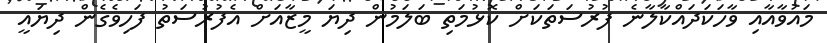
މައުވާއާއި ވާހަކަދައްކާލާނެ ފުރުސަތަކަށް ކޮޅުމަތި ބަލަމުން ދިޔަ މީޒާއަށް އެފުރުސަތު ފަހިވެގެން ދިޔައީ